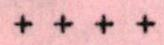
+ + + +